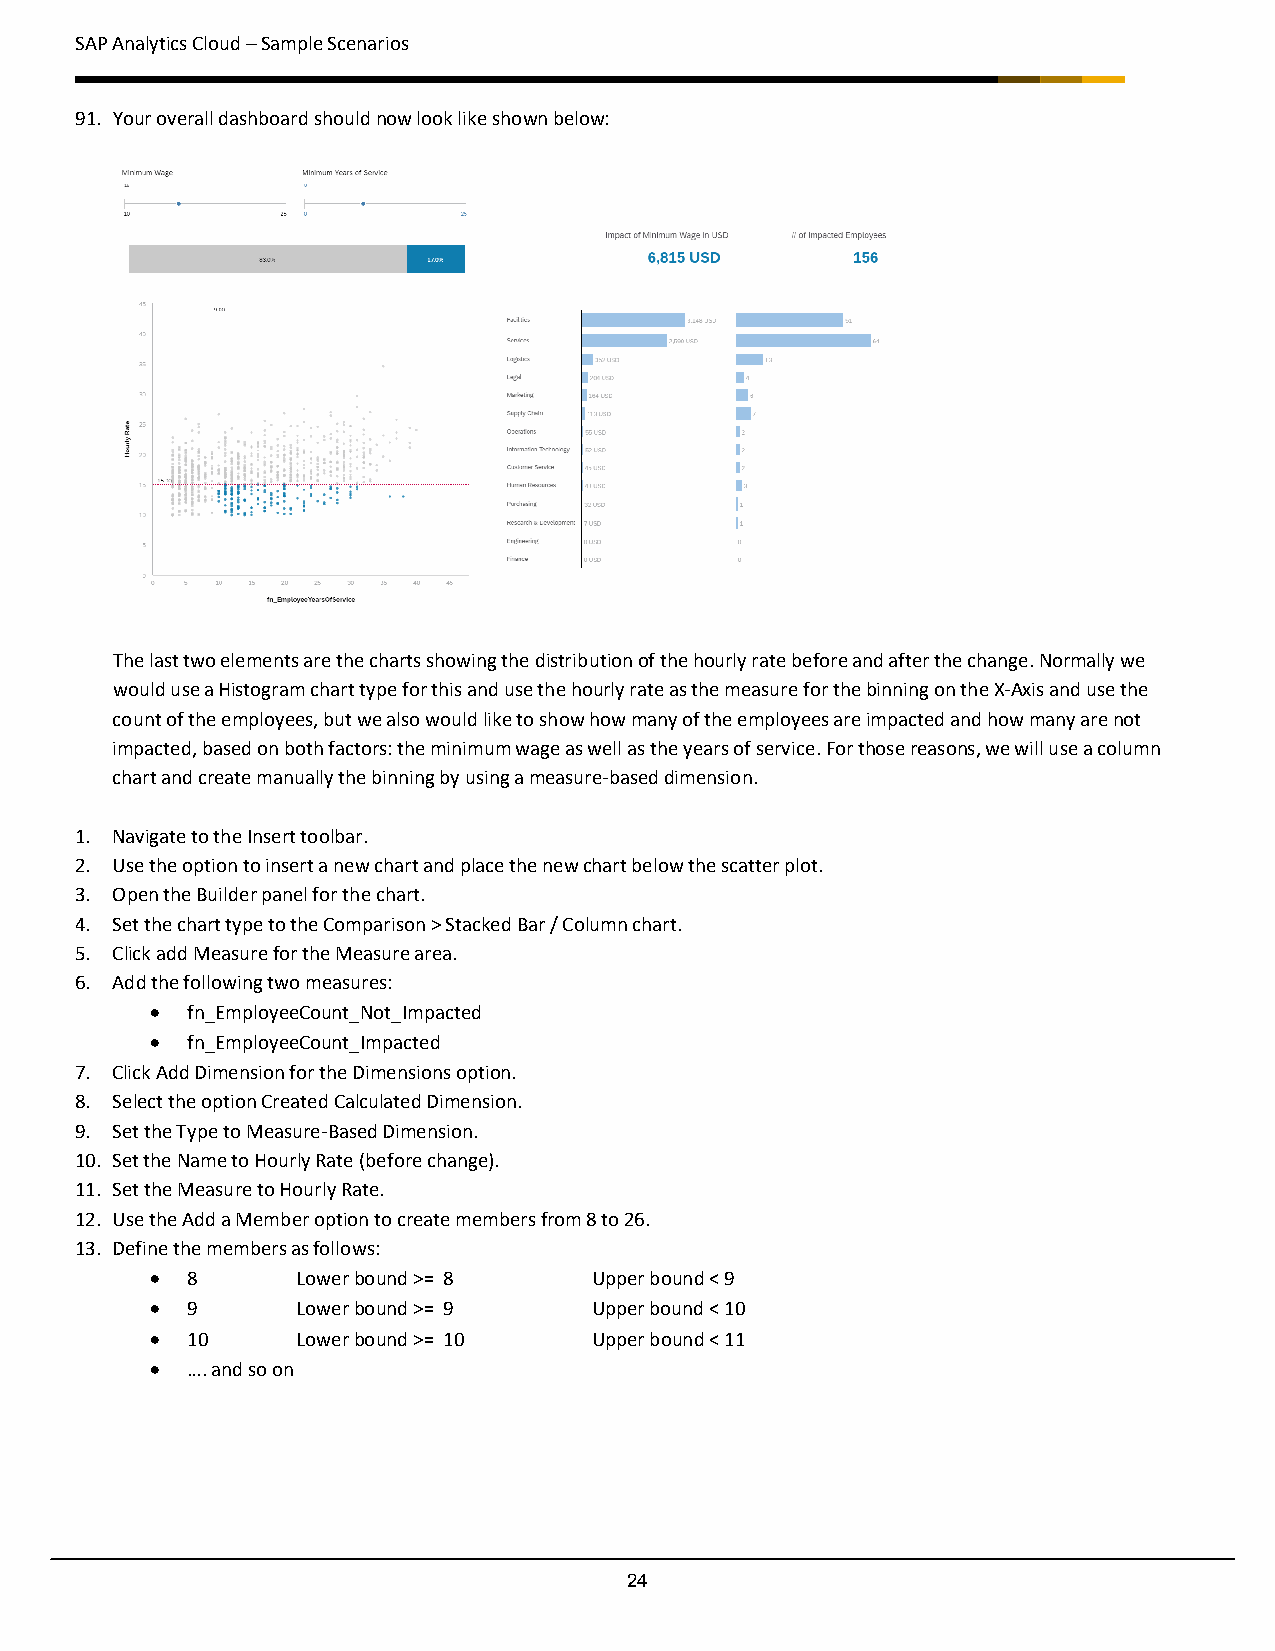
SAP Analytics Cloud – Sample Scenarios
 91. Your overall dashboard should now look like shown below:
 The last two elements are the charts showing the distribution of the hourly rate before and after the change. Normally we
 would use a Histogram chart type for this and use the hourly rate as the measure for the binning on the X-Axis and use the
 count of the employees, but we also would like to show how many of the employees are impacted and how many are not
 impacted, based on both factors: the minimum wage as well as the years of service. For those reasons, we will use a column
 chart and create manually the binning by using a measure-based dimension.
 1. Navigate to the Insert toolbar.
 2. Use the option to insert a new chart and place the new chart below the scatter plot.
 3. Open the Builder panel for the chart.
 4. Set the chart type to the Comparison > Stacked Bar / Column chart.
 5. Click add Measure for the Measure area.
 6. Add the following two measures:
 • fn_EmployeeCount_Not_Impacted
 • fn_EmployeeCount_Impacted
 7. Click Add Dimension for the Dimensions option.
 8. Select the option Created Calculated Dimension.
 9. Set the Type to Measure-Based Dimension.
 10. Set the Name to Hourly Rate (before change).
 11. Set the Measure to Hourly Rate.
 12. Use the Add a Member option to create members from 8 to 26.
 13. Define the members as follows:
 • 8       Lower bound >= 8   Upper bound < 9
 • 9       Lower bound >= 9   Upper bound < 10
 • 10      Lower bound >= 10  Upper bound < 11
 • …. and so on
 24